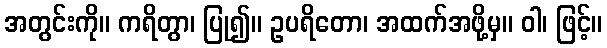
အတွင်းကို။ ကရိတွာ၊ ပြု၍။ ဥပရိတော၊ အထက်အဖို့မှ။ ဝါ၊ ဖြင့်။